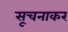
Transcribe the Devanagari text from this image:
सूचनाकर